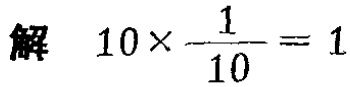
解 \(10\times\frac{1}{10}=1\)